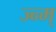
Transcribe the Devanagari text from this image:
ज्न्म्